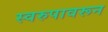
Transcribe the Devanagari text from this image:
स्वरुपावरून